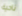
ناحية